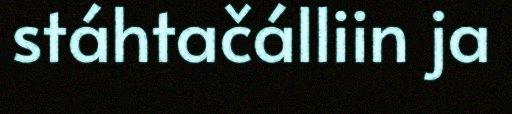
stáhtačálliin ja